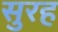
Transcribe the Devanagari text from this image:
सुरह